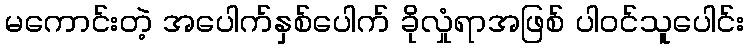
မကောင်းတဲ့ အပေါက်နှစ်ပေါက် ခိုလှုံရာအဖြစ် ပါဝင်သူပေါင်း